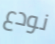
نودع